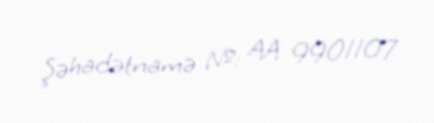
Şəhadətnamə №: AA 9901107